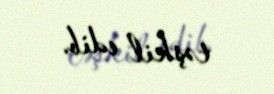
təşkil edib.